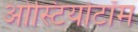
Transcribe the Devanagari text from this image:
ओस्टियोटॉम